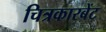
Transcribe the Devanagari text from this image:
चित्रकारबेंट